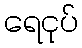
ရေငုပ်